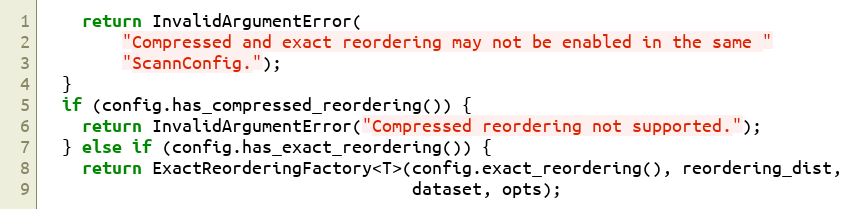
Language: C++
    return InvalidArgumentError(
        "Compressed and exact reordering may not be enabled in the same "
        "ScannConfig.");
  }
  if (config.has_compressed_reordering()) {
    return InvalidArgumentError("Compressed reordering not supported.");
  } else if (config.has_exact_reordering()) {
    return ExactReorderingFactory<T>(config.exact_reordering(), reordering_dist,
                                     dataset, opts);